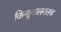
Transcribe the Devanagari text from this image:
किनार्‍यालगतच